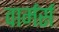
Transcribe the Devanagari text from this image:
वार्मर्स